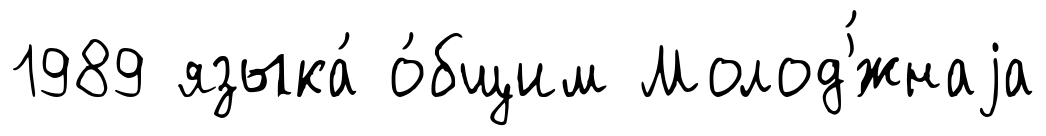
1989 языка́ о́бщим Молод'́жнаjа